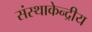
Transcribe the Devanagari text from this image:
संस्थाकेन्द्रीय